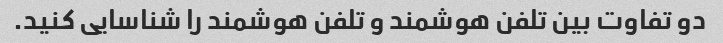
دو تفاوت بین تلفن هوشمند و تلفن هوشمند را شناسایی کنید.